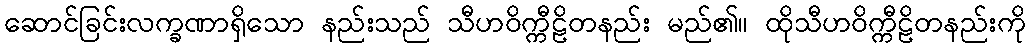
ဆောင်ခြင်းလက္ခဏာရှိသော နည်းသည် သီဟဝိက္ကီဠိတနည်း မည်၏။ ထိုသီဟဝိက္ကီဠိတနည်းကို